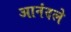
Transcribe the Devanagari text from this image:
आनंदले